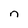
Character: n